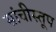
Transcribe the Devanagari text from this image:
सांचीस्तूप